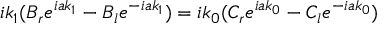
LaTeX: i k _ { 1 } ( B _ { r } e ^ { i a k _ { 1 } } - B _ { l } e ^ { - i a k _ { 1 } } ) = i k _ { 0 } ( C _ { r } e ^ { i a k _ { 0 } } - C _ { l } e ^ { - i a k _ { 0 } } )